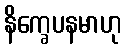
နိက္ခေပနမာဟု